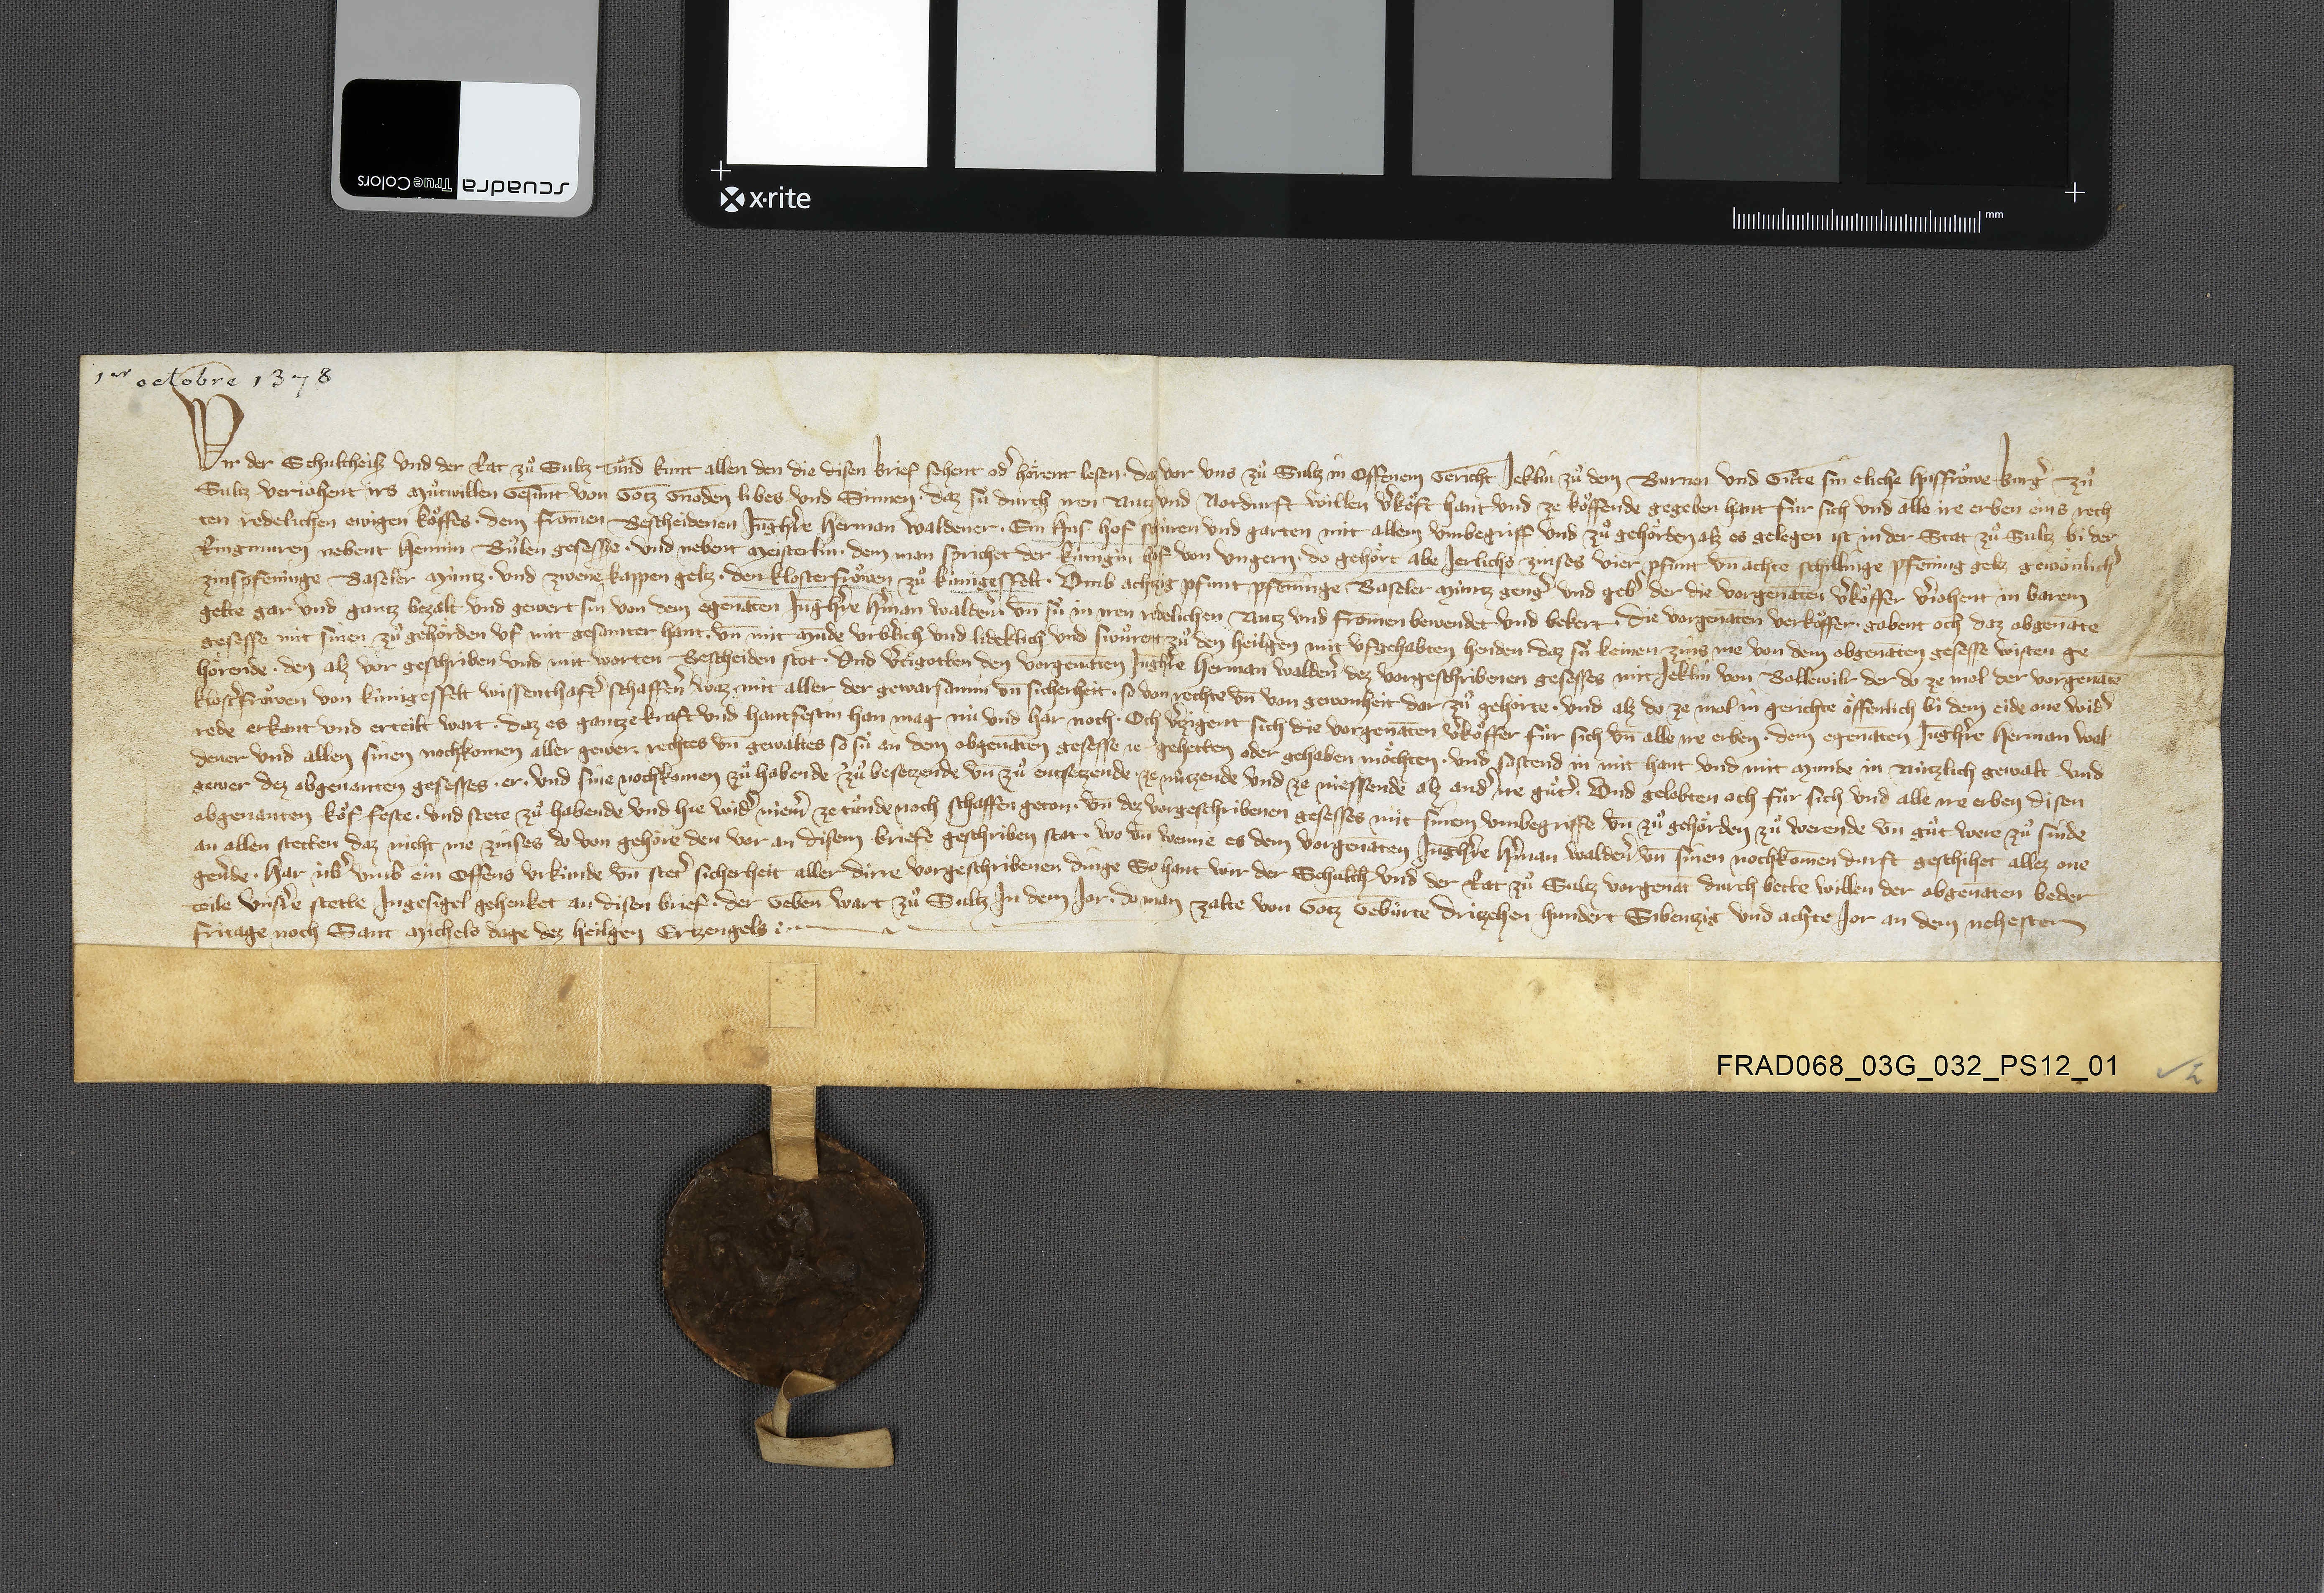
1er octobre 1378

Wir der schultheisz und der rat zuͦ Sultz tuͦnd kunt allen den die disen brief sehent odˀ hoͤrent lesen ✳ daz vor uns zuͦ Sultz in offenem gericht Jeklin zuͦ dem Burnen und Guͦte sin eliche hussfroͦwe burgˀ zuͦ
Sultz verjehent irs muͦtwillen gesunt von gotz gnaden liebes und sinnen ✳ daz sù durch iren nutz und notdurft willen vˀkoͧft hant und ze koͧffende gegeben hant fùr sich und alle ire erben eins rech-
ten redelichen ewigen koͧffes ✳ dem frōmen bescheidenen jūghˀre Herman Waldener ✳ ein hus ✳ hof schûren und garten mit allem umbegriff und zuͦ gehoͤrden alz es gelegen ist in der stat zuͦ Sultz bi der
ringmuren nebent Hennin Buͦlen gesessze ✳ und nebent Meisterlin dem man sprichet der Kùnigin Hof von Ungern ✳ do gehoͤrt
zinspfeninge Baseler mùntz ✳ und zwene kappen geltz ✳ den klosterfroͦwen zuͦ Kùnigesfelt ✳ umb achtzig pfunt pfennīge Baseler mùntz gengˀ und gebˀ der die vorgenaten vˀkoͧffer vˀjahent in barem
gelte gar und gantz bezalt und gewert sin von dem egenāten jūghˀre Hˀman Waldern un̄ sù in iren redelichen nutz und frōmen bewendet und bekert ✳ die vorgenāten verkoͧfer gabent och daz obgenāte
gesesse mit sinen zuͦ gehoͤrden uf mit gesamter hant ✳ un̄ mit mūde urbˀlich und lideklich und swuͦrent zuͦ den heilgen mit ufgehabten henden ✳ daz sù keinen zins me von dem obgenāten gesesse wisten ge-
hoͤrende ✳ den alz vor geschriben und mit worten bescheiden stot. und vˀtigotten den vorgenāten jūghˀre Herman Waldenˀ dez vorgeschribenen gesesses mit Jeklin von Bollewilr der do ze mol der vorgenāte
klostˀfroͧwen von Kûnigesfelt wissenthaftˀ schaffenˀ waz mit aller der gewarsammi un̄ sicherheit ✳ so von rechte un̄ von gewonheit dar zuͦ gehòrte ✳ und alz do ze mol in gerichte oͤffenlich bi dem eide ona widˀ-
rede erkant und erteilt wart ✳ daz es gantze kraft und hantfestin han mag nù und har noch ✳ och vˀtzigent sich die vorgenāten vˀkoͧffer fùr sich un̄ alle ire erben ✳ dem egenāten jūghˀre Herman Wal-
dener und allen sinen nochkomen aller gewer ✳ rechtes un̄ gewaltes so sù an dem obgenāten gesesse je gehetten oder gehaben moͤchten ✳ und sastend in mit hant und mit munde in nùtzlich gewalt ✳ und
gewer dez obgenanten gesesses ✳ er ✳ und sine nochkomen zu$ͦ habende ✳ zuͦ besetzende un̄ zuͦ entsetzende ✳ ze nùtzende und ze niessende alz andˀ ire guͦtˀ ✳ und gelobten och fùr sich und alle ire erben disen
obgenanten koͧf feste ✳ und stete zuͦ habende und hie widˀ niemˀ ze tuͦnde noch schaffen geton. un̄ dez vorgeschribenen gesesses mit sinem umbegriffe un̄ zuͦ gehoͤrden zuͦ werende un̄ guͦt were zuͦ sinde
an allen stetten daz nicht me zinses do von gehoͤre den vor an disem briefe geschriben stat ✳ wo un̄ wenn es dem vorgenāten jūghˀre Hˀman Waldenˀ un̄ sinen nochkom̄en darft geschihet allez one
gevˀde ✳ har ùbˀ umb ein offens urkùnde un̄ stetˀ sicherheit aller dirre vorgeschribenen dinge so hant wir der schulth̄ un der rat zuͦ Sultz vorgenāt durch bette willen der obgenāten beder
teile unsˀre stette ingesigel gehenket an disen brief ✳ der geben wart zuͦ Sultz in dem jor ✳ da man zalte von gotz gebuͦrte drizehen hundert sibentzig und achte jor an dem nehesten
fritage noch sant Michels dage dez heilgen ertzengels. ✳